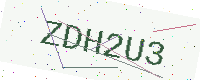
Text: ZDH2U3